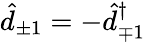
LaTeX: \hat{d}_{\pm 1}=-\hat{d}_{\mp 1}^{\dagger}